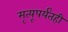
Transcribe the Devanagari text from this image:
मृत्यूपर्यंतही